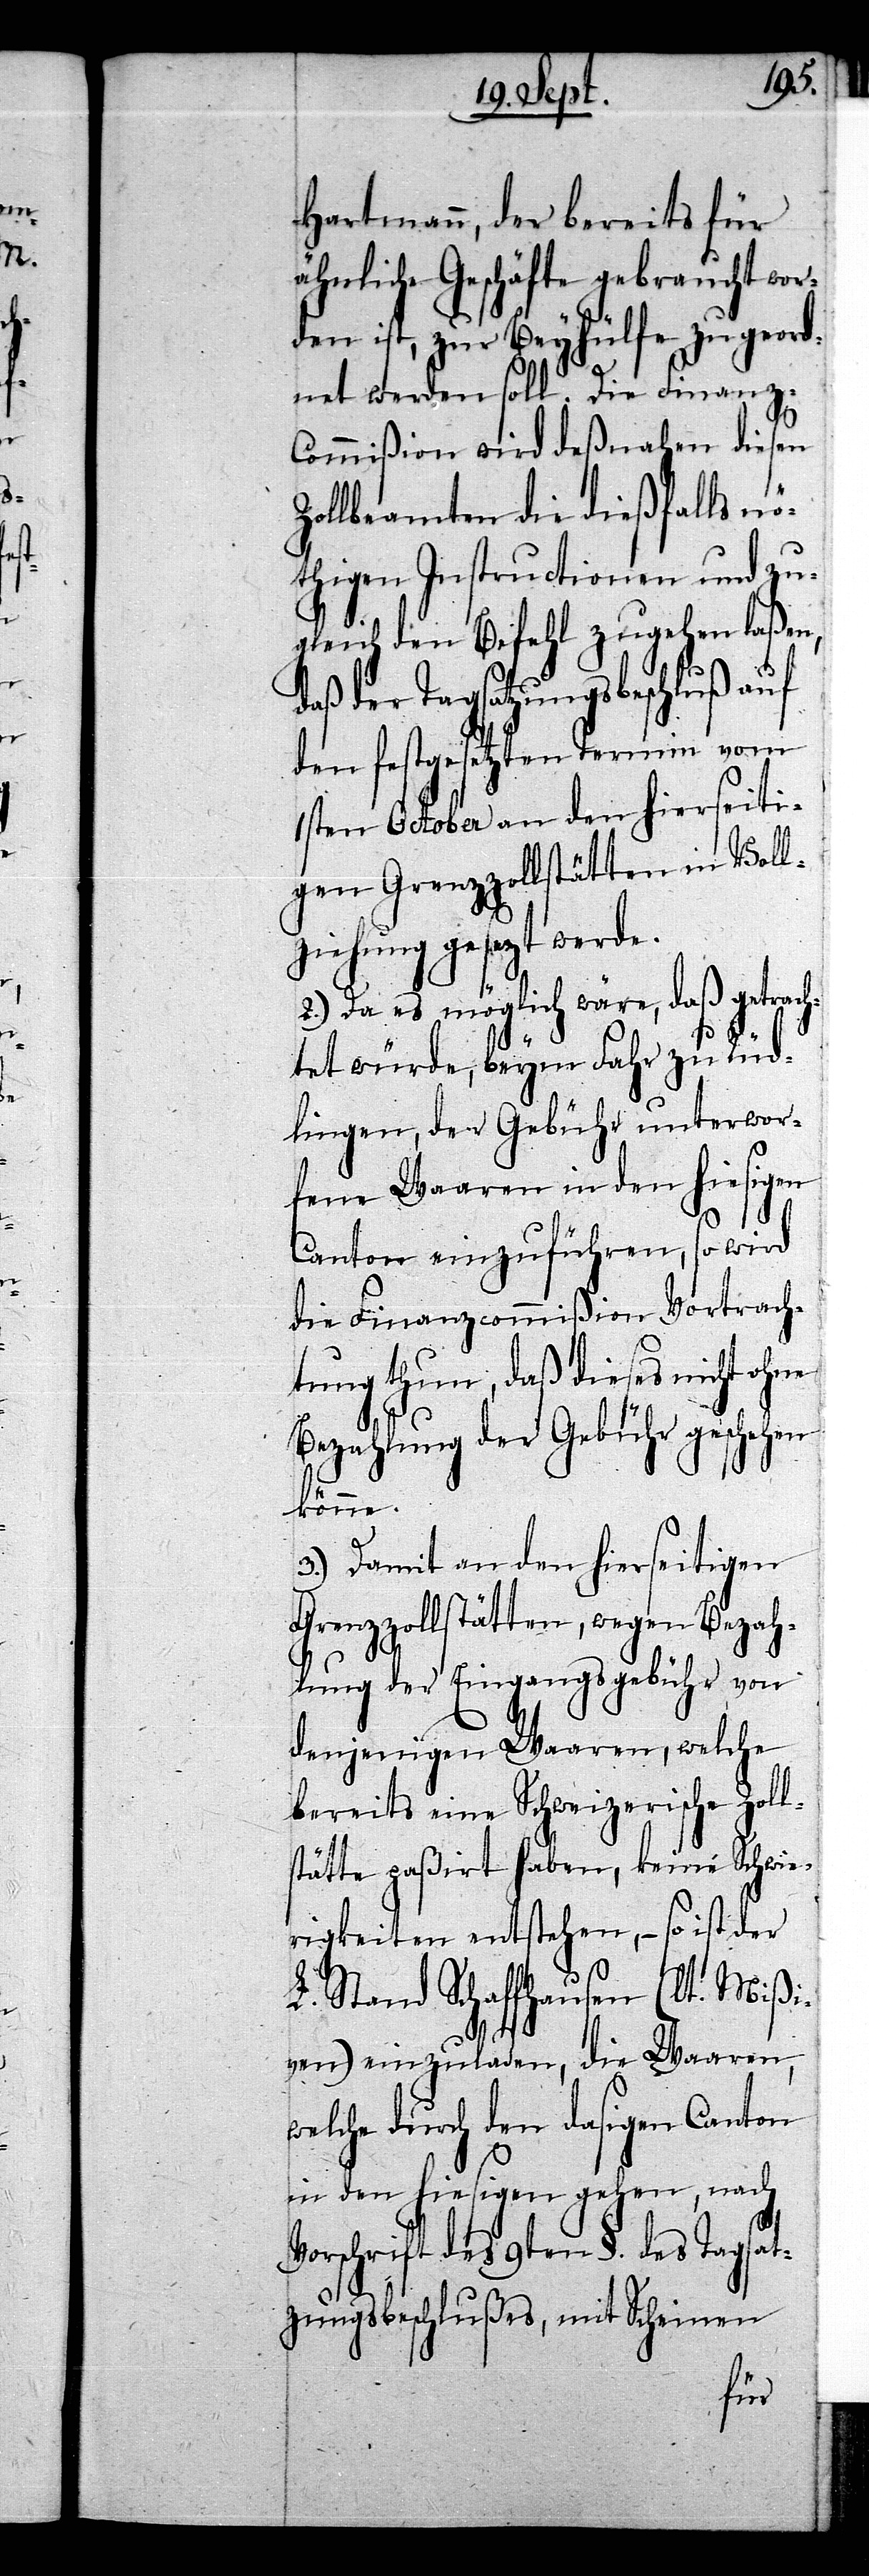
Hartmann, der bereits für
ähnliche Geschäfte gebraucht wor¬
den ist, zur Beyhülfe zugeord¬
net werden soll. Die Finanz-C¬
ommißion wird deßnahen diesen
Zollbeamten die dießfalls n¬
öthigen Instructionen und zu¬
gleich den Befehl zugehen laßen,
daß der Tagsatzungsbeschluß auf
den festgesetzten Termin vom
1sten October an den hierseiti¬
gen Grenzzollstätten in Voll¬
ziehung gesezt werde.
2.) Da es möglich wäre, daß getrach¬
tet würde, beym Fahr zu Rüd¬
lingen, der Gebühr unterwor¬
fene Waaren in den hiesigen
Canton einzuführen, so wird
die Finanzcommißion Vortrach¬
tung thun, daß dieses nicht ohne
Bezahlung der Gebühr geschehen
könne.
3.) Damit an den hierseitigen
Grenzzollstätten, wegen Bezah¬
lung der Eingangsgebühr von
denjenigen Waaren, welche
bereits eine Schweizerische Zoll¬
stätte paßirt haben, keine Schwie¬
rigkeiten entstehen, – so ist der
L. Stand Schaffhausen (lt. Mißi¬
ven) einzuladen, die Waaren,
welche durch den dasigen Canton
in den hiesigen gehen, nach
Vorschrift des 9ten §. des Tagsat¬
zungsbeschlußes, mit Scheinen